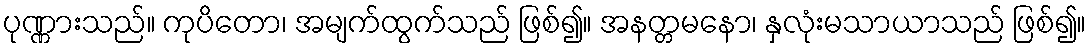
ပုဏ္ဏားသည်။ ကုပိတော၊ အမျက်ထွက်သည် ဖြစ်၍။ အနတ္တမနော၊ နှလုံးမသာယာသည် ဖြစ်၍။